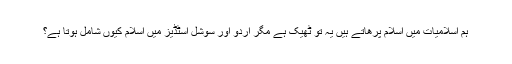
ہم اسلامیات میں اسلام پرھاتے ہیں یہ تو ٹھیک ہے مگر اردو اور سوشل اسٹڈیز میں اسلام کیوں شامل ہوتا ہے؟